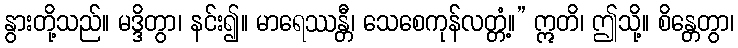
နွားတို့သည်။ မဒ္ဒိတွာ၊ နင်း၍။ မာရေဿန္တီ၊ သေစေကုန်လတ္တံ့။” ဣတိ၊ ဤသို့။ စိန္တေတွာ၊